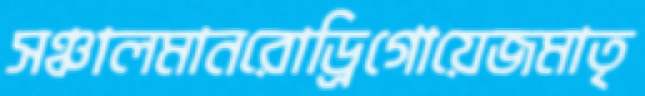
সঞ্চালমানরোড্রিগোয়েজমাতৃ